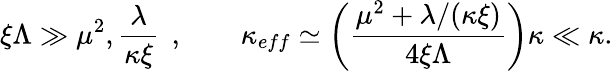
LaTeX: \xi\Lambda\gg\mu^{2},\frac{\lambda}{\kappa\xi}\; \, ,\quad\quad\kappa_{eff}\simeq\left(\frac{\mu^{2}+\lambda/(\kappa\xi)}{4\xi\Lambda}\right)\kappa\ll\kappa.